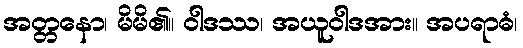
အတ္တနော၊ မိမိ၏။ ဝါဒဿ၊ အယူဝါဒအား။ အပရာဓံ၊